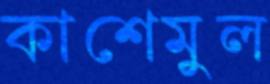
কাশেমুল